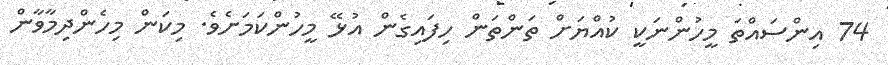
74 އިންސައްތަ މީހުންނަކީ ކުއްޔަށް ތަންތަން ހިފައިގެން އުޅޭ މީހުންކަމަށެވެ. މިކަން މިހެންދިމާވާން